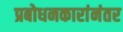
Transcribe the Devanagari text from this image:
प्रबोधनकारांनंतर